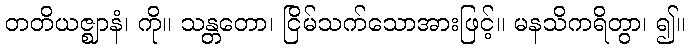
တတိယဇ္ဈာနံ၊ ကို။ သန္တတော၊ ငြိမ်သက်သောအားဖြင့်။ မနသိကရိတွာ၊ ၍။